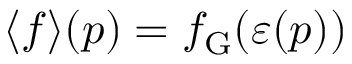
\langle f \rangle ( \boldsymbol { p } ) = f _ { \mathrm { G } } ( \varepsilon ( \boldsymbol { p } ) )